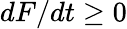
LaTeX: dF/dt\geq 0